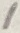
Text: 1